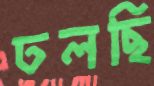
ঢলছি